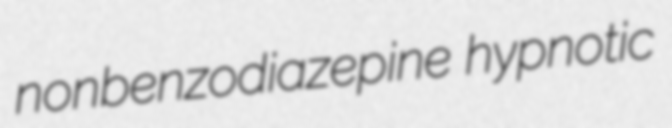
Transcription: nonbenzodiazepine hypnotic